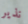
نذير